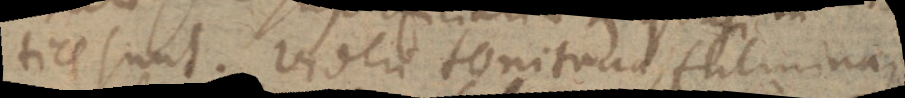
tice sunt. Videri tonitrua, fulmina,